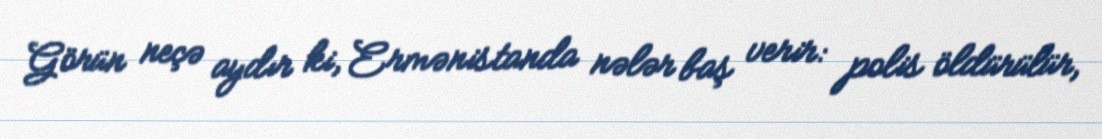
Görün neçə aydır ki, Ermənistanda nələr baş verir: polis öldürülür,